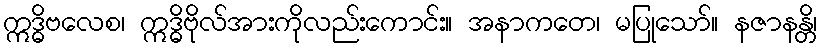
ဣဒ္ဓိဗလေစ၊ ဣဒ္ဓိဗိုလ်အားကိုလည်းကောင်း။ အနာကတေ၊ မပြုသော်။ နဇာနန္တိ၊